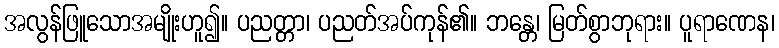
အလွန်ဖြူသောအမျိုးဟူ၍။ ပညတ္တာ၊ ပညတ်အပ်ကုန်၏။ ဘန္တေ၊ မြတ်စွာဘုရား။ ပူရာဏေန၊